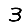
Digit: 3